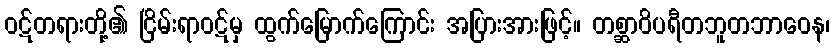
ဝဋ်တရားတို့၏ ငြိမ်းရာဝဋ်မှ ထွက်မြောက်ကြောင်း အပြားအားဖြင့်။ တစ္ဆာဝိပရီတဘူတဘာဝေန၊